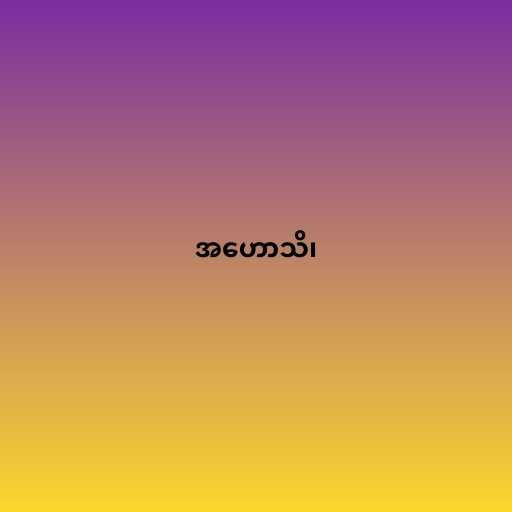
အဟောသိ၊